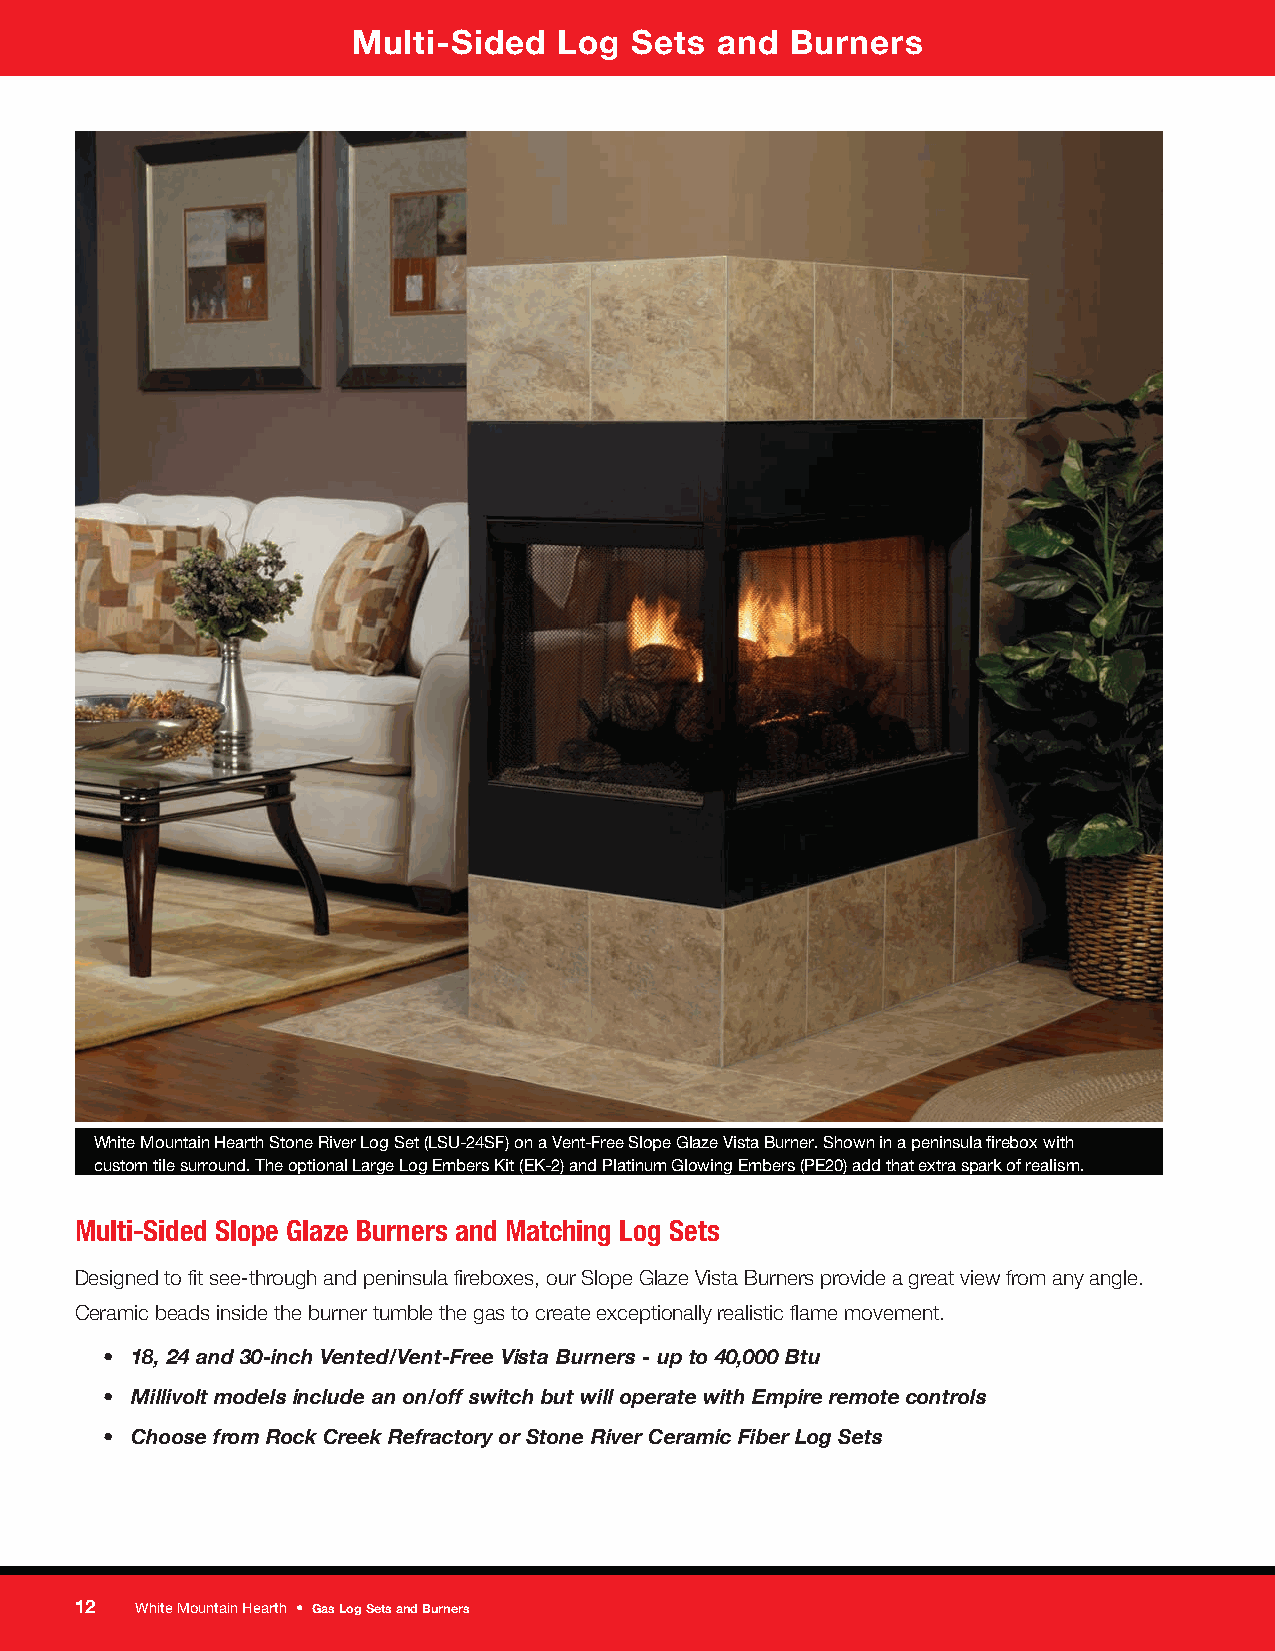
Multi-Sided   Log  Sets and  Burners
 White Mountain Hearth Stone River Log Set (LSU-24SF) on a Vent-Free Slope Glaze Vista Burner. Shown in a peninsula firebox with
 custom tile surround. The optional Large Log Embers Kit (EK-2) and Platinum Glowing Embers (PE20) add that extra spark of realism.
 Multi-Sided Slope Glaze Burners and Matching Log Sets
 Designed to fit see-through and peninsula fireboxes, our Slope Glaze Vista Burners provide a great view from any angle.
 Ceramic beads inside the burner tumble the gas to create exceptionally realistic flame movement.
 • 18, 24 and 30-inch Vented/Vent-Free Vista Burners - up to 40,000 Btu
 • Millivolt models include an on/off switch but will operate with Empire remote controls
 • Choose from Rock Creek Refractory or Stone River Ceramic Fiber Log Sets
 12  White Mountain Hearth • Gas Log Sets and Burners